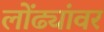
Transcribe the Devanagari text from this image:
लोंढ्यांवर